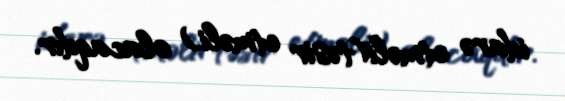
idarə etməli(təsir etməli) olacaqdır.